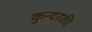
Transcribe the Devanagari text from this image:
कुन्‍दरकी